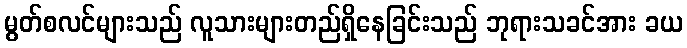
မွတ်စလင်များသည် လူသားများတည်ရှိနေခြင်းသည် ဘုရားသခင်အား ခယ